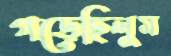
গড়েছিলুম